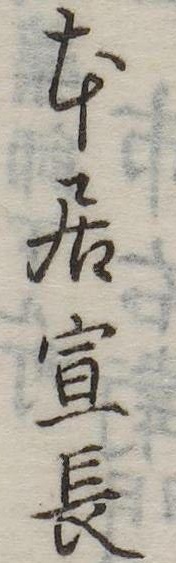
本居宣長